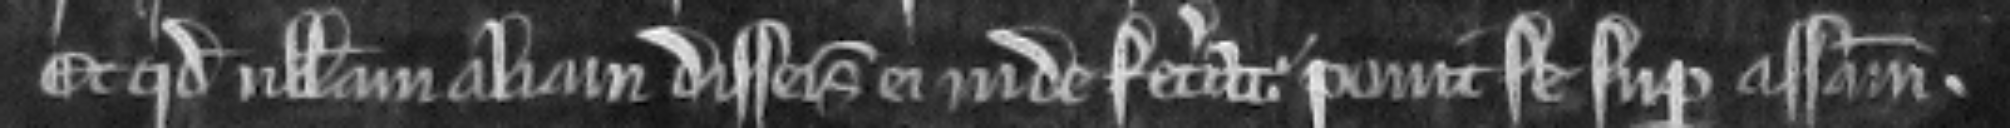
Et quod nullam aliam disseisinam ei inde fecerat. ponit se super assisam.